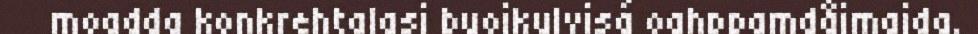
moadda konkrehtalasj buojkulvisá oahppamdåjmajda.